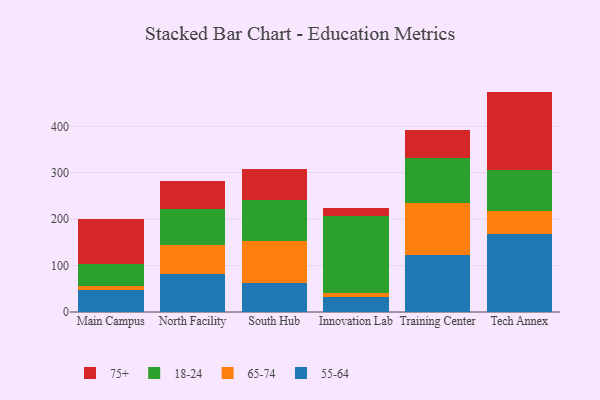
{"axis": {"x": "Campus", "y": "Conversion Rate (%)"}, "legend": ["18-24", "55-64", "65-74", "75+"], "data": [{"x": "Main Campus", "y": 48.3, "type": "55-64"}, {"x": "Main Campus", "y": 8.6, "type": "65-74"}, {"x": "Main Campus", "y": 46.9, "type": "18-24"}, {"x": "Main Campus", "y": 97.4, "type": "75+"}, {"x": "North Facility", "y": 82.4, "type": "55-64"}, {"x": "North Facility", "y": 61.6, "type": "65-74"}, {"x": "North Facility", "y": 77.6, "type": "18-24"}, {"x": "North Facility", "y": 61.0, "type": "75+"}, {"x": "South Hub", "y": 62.1, "type": "55-64"}, {"x": "South Hub", "y": 91.8, "type": "65-74"}, {"x": "South Hub", "y": 87.0, "type": "18-24"}, {"x": "South Hub", "y": 67.5, "type": "75+"}, {"x": "Innovation Lab", "y": 33.0, "type": "55-64"}, {"x": "Innovation Lab", "y": 7.0, "type": "65-74"}, {"x": "Innovation Lab", "y": 165.9, "type": "18-24"}, {"x": "Innovation Lab", "y": 18.4, "type": "75+"}, {"x": "Training Center", "y": 123.6, "type": "55-64"}, {"x": "Training Center", "y": 112.0, "type": "65-74"}, {"x": "Training Center", "y": 95.4, "type": "18-24"}, {"x": "Training Center", "y": 61.3, "type": "75+"}, {"x": "Tech Annex", "y": 167.5, "type": "55-64"}, {"x": "Tech Annex", "y": 49.4, "type": "65-74"}, {"x": "Tech Annex", "y": 89.6, "type": "18-24"}, {"x": "Tech Annex", "y": 168.3, "type": "75+"}]}